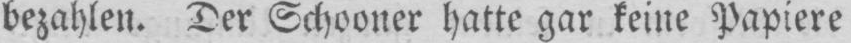
bezahlen. Der Schooner hatte gar keine Papiere